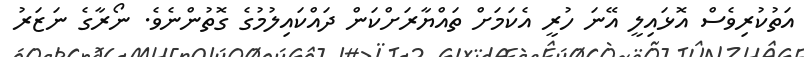
އަތުކުރިވެސް އޮޅައިލީ އޭނަ ހުރީ އެކަމަށް ތައްޔާރަށްކަން ދައްކައިލުމުގެ ގޮތުންނެވެ. ނޯރާގެ ނަޒަރު